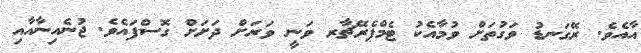
އާއެވެ. ރޭގަނޑު ވަގުތަށް ވުމާއެކު ޓެމްޕެރޭޗާރ ވަނީ ވަރަށް ދަށަށް ގޮސްފައެވެ. ޖުނެއިނާއާއި